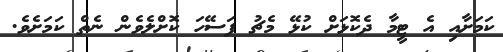
ކަމަށާއި އެ ޓީމާ ދެކޮޅަށް ކުޅޭ މެޗު ފަސޭހަ ކޮށްލެވެން ނެތް ކަމަށެވެ.